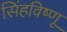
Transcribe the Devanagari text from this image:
सिंहविष्णू